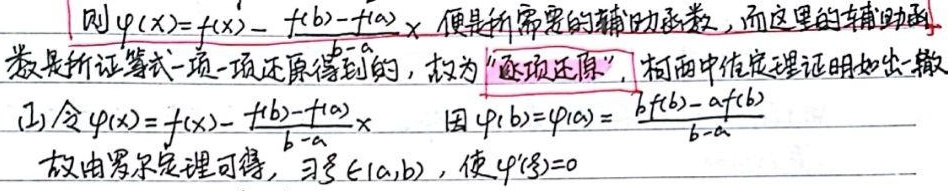
则\(\varphi(x)=f(x)-\frac{f(b)-f(a)}{b - a}x\)便是所需要的辅助函数，而这里的辅助函数是所证等式一项一项还原得到的，故为“逐项还原”，柯西中值定理证明如出一辙。

(1) 令\(\varphi(x)=f(x)-\frac{f(b)-f(a)}{b - a}x\)，因\(\varphi(b)=\varphi(a)=\frac{bf(b)-af(b)}{b - a}\)，故由罗尔定理可得，\(\exists\xi\in(a,b)\)，使\(\varphi'(\xi)=0\)